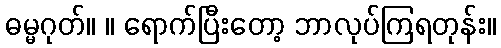
ဓမ္မဂုတ်။ ။ ရောက်ပြီးတော့ ဘာလုပ်ကြရတုန်း။